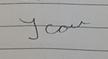
Signature authenticity: forged